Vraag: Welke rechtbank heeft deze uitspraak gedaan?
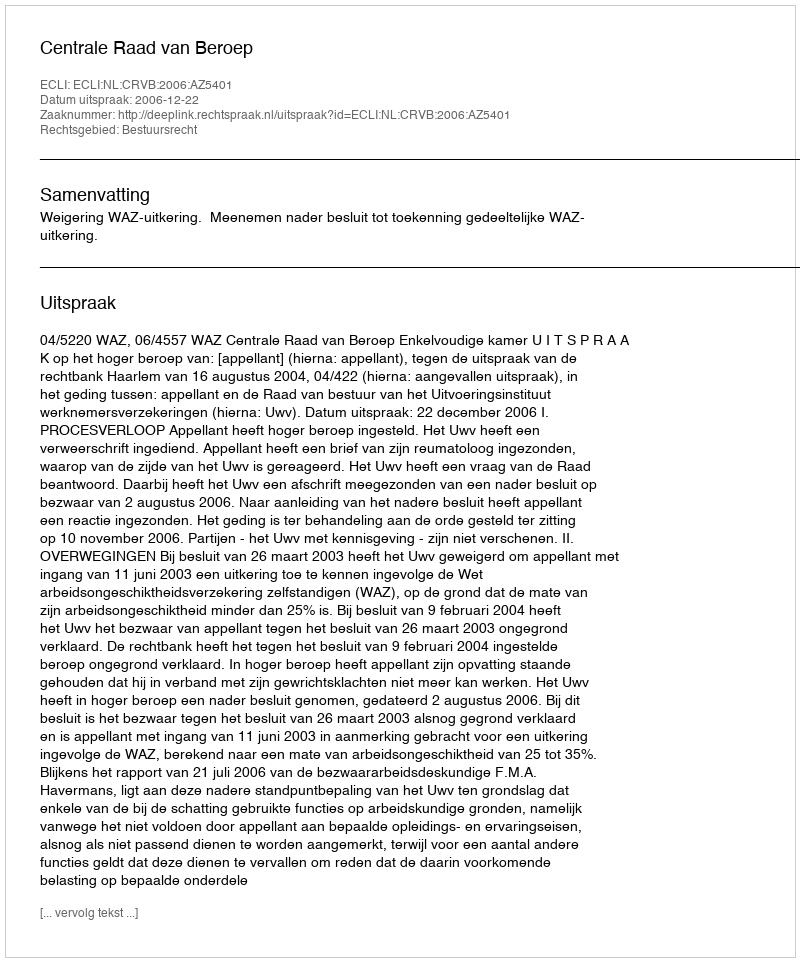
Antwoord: Centrale Raad van Beroep